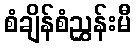
စံချိန်စံညွှန်းမီ